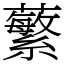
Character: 蘩